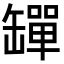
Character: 𦉕